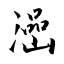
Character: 澏